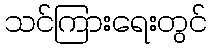
သင်ကြားရေးတွင်